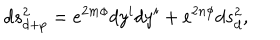
LaTeX: d s _ { d + p } ^ { 2 } = e ^ { 2 m \phi } d y ^ { i } d y ^ { i } + e ^ { 2 n \phi } d s _ { d } ^ { 2 } ,